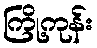
ကြို့ကုန်း